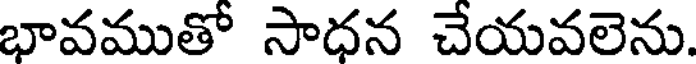
భావముతో సాధన చేయవలెను